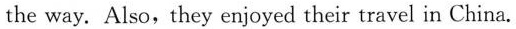
the way. Also, they enjoyed their travel in China.